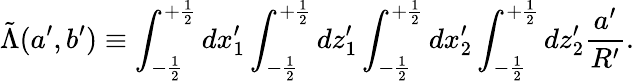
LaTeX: \tilde{\Lambda}(a^{\prime},b^{\prime})\equiv\int_{-\frac{1}{2}}^{+\frac{1}{2}}dx_{1}^{\prime}\int_{-\frac{1}{2}}^{+\frac{1}{2}}dz_{1}^{\prime}\int_{-\frac{1}{2}}^{+\frac{1}{2}}dx_{2}^{\prime}\int_{-\frac{1}{2}}^{+\frac{1}{2}}dz_{2}^{\prime}\frac{a^{\prime}}{R^{\prime}}.